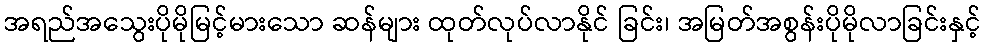
အရည်အသွေးပိုမိုမြင့်မားသော ဆန်များ ထုတ်လုပ်လာနိုင် ခြင်း၊ အမြတ်အစွန်းပိုမိုလာခြင်းနှင့်